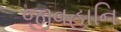
જીવહાનિ